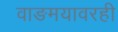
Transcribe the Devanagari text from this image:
वाङमयावरही